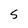
Character: S